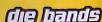
die bands